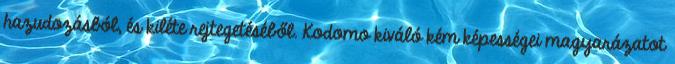
hazudozásból, és kiléte rejtegetéséből. Kodomo kiváló kém képességei magyarázatot